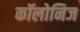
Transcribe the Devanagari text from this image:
कॉलोनिज